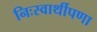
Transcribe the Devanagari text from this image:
निःस्वार्थीपणा